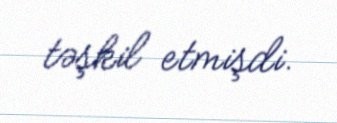
təşkil etmişdi.